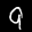
Label: 9